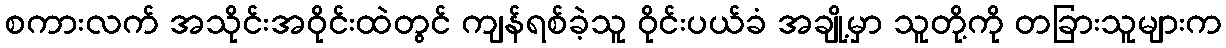
စကားလက် အသိုင်းအဝိုင်းထဲတွင် ကျန်ရစ်ခဲ့သူ ဝိုင်းပယ်ခံ အချို့မှာ သူတို့ကို တခြားသူများက